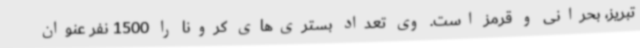
تبریز، بحرانی و قرمز است. وی تعداد بستری‌های کرونا را 1500 نفر عنوان